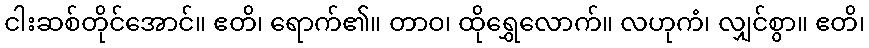
ငါးဆစ်တိုင်အောင်။ ဧတိ၊ ရောက်၏။ တာဝ၊ ထိုရွှေလောက်။ လဟုကံ၊ လျှင်စွာ။ ဧတိ၊